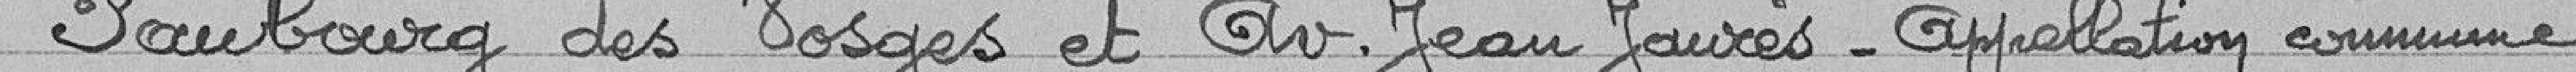
Faubourg des Vosges et avenue Jean Jaurès - Appellation commune